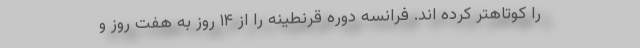
را کوتاهتر کرده اند. فرانسه دوره قرنطینه را از ۱۴ روز به هفت روز و